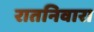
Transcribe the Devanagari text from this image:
रातनिवारा